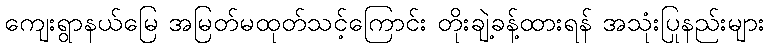
ကျေးရွာနယ်မြေ အမြတ်မထုတ်သင့်ကြောင်း တိုးချဲ့ခန့်ထားရန် အသုံးပြုနည်းများ